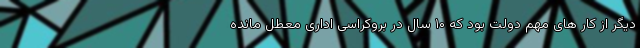
دیگر از کار های مهم دولت بود که ۱۰ سال در بروکراسی اداری معطل مانده